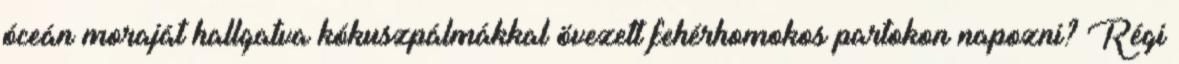
óceán moraját hallgatva kókuszpálmákkal övezett fehérhomokos partokon napozni? Régi